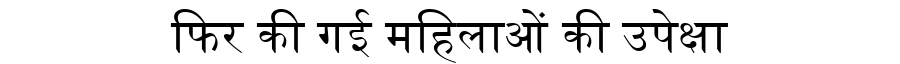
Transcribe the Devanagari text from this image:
फिर की गई महिलाओं की उपेक्षा